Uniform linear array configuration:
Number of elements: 12
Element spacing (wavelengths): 1
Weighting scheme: hann
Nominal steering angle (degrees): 15
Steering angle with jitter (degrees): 14.103
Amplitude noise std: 0.05
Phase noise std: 0.05

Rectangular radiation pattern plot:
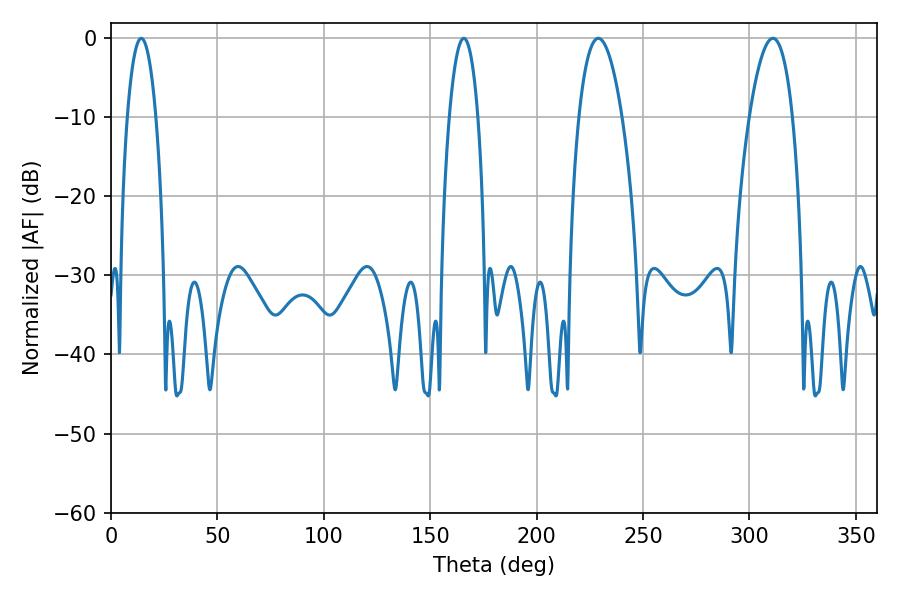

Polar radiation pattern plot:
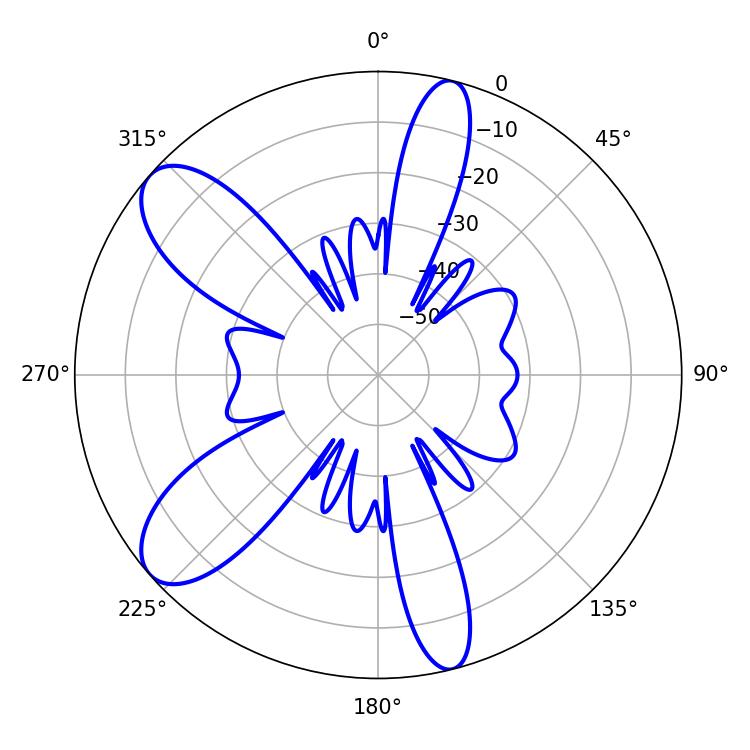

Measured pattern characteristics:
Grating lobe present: TRUE
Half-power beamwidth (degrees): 7.56
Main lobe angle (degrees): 14.22